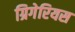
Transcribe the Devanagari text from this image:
ग्रिगेरियस